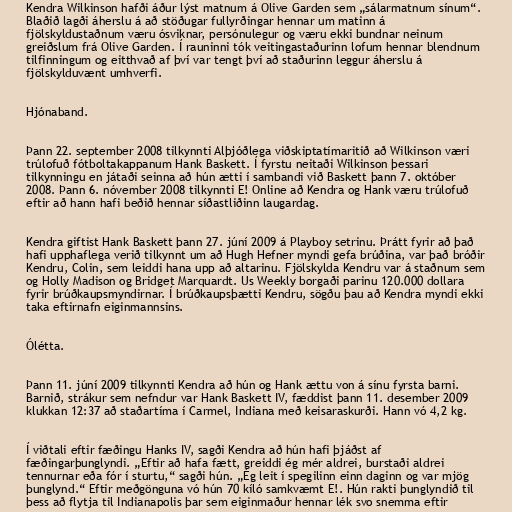
Kendra Wilkinson hafði áður lýst matnum á Olive Garden sem „sálarmatnum sínum“.
Blaðið lagði áherslu á að stöðugar fullyrðingar hennar um matinn á
fjölskyldustaðnum væru ósviknar, persónulegur og væru ekki bundnar neinum
greiðslum frá Olive Garden. Í rauninni tók veitingastaðurinn lofum hennar blendnum
tilfinningum og eitthvað af því var tengt því að staðurinn leggur áherslu á
fjölskylduvænt umhverfi.

Hjónaband.

Þann 22. september 2008 tilkynnti Alþjóðlega viðskiptatímaritið að Wilkinson væri
trúlofuð fótboltakappanum Hank Baskett. Í fyrstu neitaði Wilkinson þessari
tilkynningu en játaði seinna að hún ætti í sambandi við Baskett þann 7. október
2008. Þann 6. nóvember 2008 tilkynnti E! Online að Kendra og Hank væru trúlofuð
eftir að hann hafi beðið hennar síðastliðinn laugardag.

Kendra giftist Hank Baskett þann 27. júní 2009 á Playboy setrinu. Þrátt fyrir að það
hafi upphaflega verið tilkynnt um að Hugh Hefner myndi gefa brúðina, var það bróðir
Kendru, Colin, sem leiddi hana upp að altarinu. Fjölskylda Kendru var á staðnum sem
og Holly Madison og Bridget Marquardt. Us Weekly borgaði parinu 120.000 dollara
fyrir brúðkaupsmyndirnar. Í brúðkaupsþætti Kendru, sögðu þau að Kendra myndi ekki
taka eftirnafn eiginmannsins.

Ólétta.

Þann 11. júní 2009 tilkynnti Kendra að hún og Hank ættu von á sínu fyrsta barni.
Barnið, strákur sem nefndur var Hank Baskett IV, fæddist þann 11. desember 2009
klukkan 12:37 að staðartíma í Carmel, Indiana með keisaraskurði. Hann vó 4,2 kg.

Í viðtali eftir fæðingu Hanks IV, sagði Kendra að hún hafi þjáðst af
fæðingarþunglyndi. „Eftir að hafa fætt, greiddi ég mér aldrei, burstaði aldrei
tennurnar eða fór í sturtu,“ sagði hún. „Ég leit í spegilinn einn daginn og var mjög
þunglynd.“ Eftir meðgönguna vó hún 70 kíló samkvæmt E!. Hún rakti þunglyndið til
þess að flytja til Indianapolis þar sem eiginmaður hennar lék svo snemma eftir